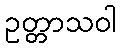
ဥတ္တာသဝါ